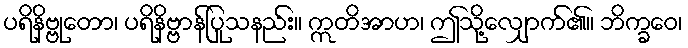
ပရိနိဗ္ဗုတော၊ ပရိနိဗ္ဗာန်ပြုသနည်း။ ဣတိအာဟ၊ ဤသို့လျှောက်၏။ ဘိက္ခဝေ၊